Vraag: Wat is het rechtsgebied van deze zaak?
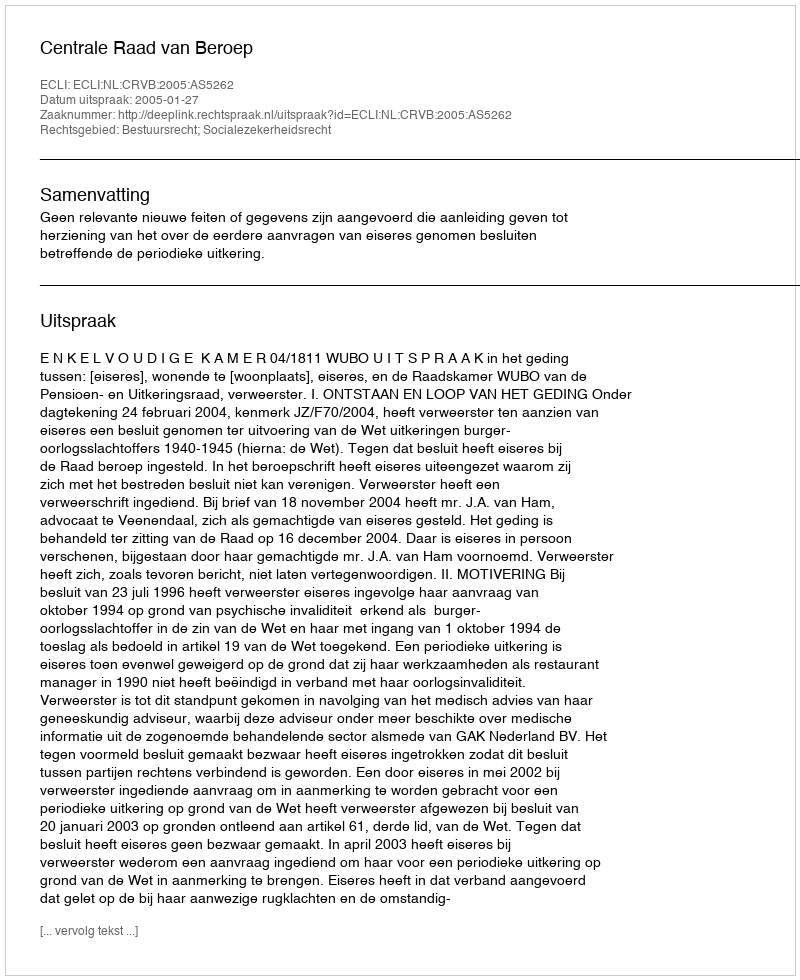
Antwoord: Bestuursrecht; Socialezekerheidsrecht